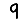
Digit: 9